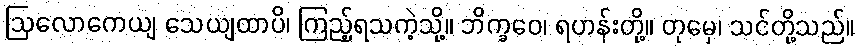
ဩလောကေယျ သေယျထာပိ၊ ကြည့်ရသကဲ့သို့။ ဘိက္ခဝေ၊ ရဟန်းတို့။ တုမှေ၊ သင်တို့သည်။